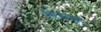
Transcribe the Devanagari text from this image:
तिसया